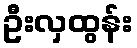
ဦးလှထွန်း